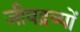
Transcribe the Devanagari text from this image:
जीवद्रव्यों